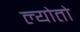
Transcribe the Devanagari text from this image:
ल्योतो